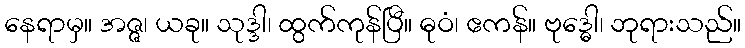
နေရာမှ။ အဇ္ဇ၊ ယခု။ သုဒ္ဒါ၊ ထွက်ကုန်ပြီ။ ဓုဝံ၊ ဧကန်။ ဗုဒ္ဓေါ၊ ဘုရားသည်။